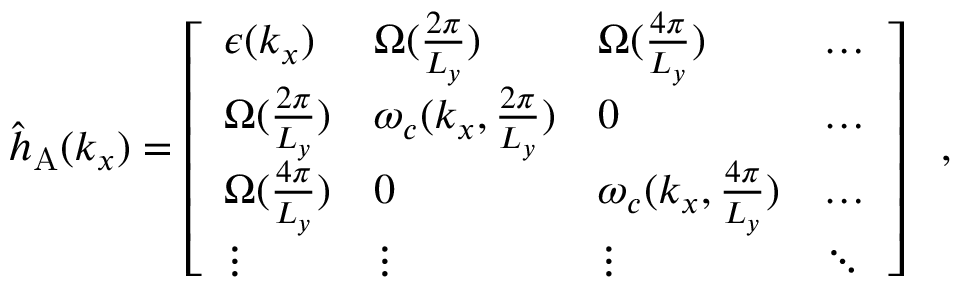
\begin{array} { r } { { \hat { h } } _ { \mathrm { A } } ( { k _ { x } } ) = \left[ \begin{array} { l l l l } { \epsilon ( k _ { x } ) } & { { \Omega } ( \frac { 2 \pi } { L _ { y } } ) } & { { \Omega } ( \frac { 4 \pi } { L _ { y } } ) } & { \hdots } \\ { { \Omega } ( \frac { 2 \pi } { L _ { y } } ) } & { \omega _ { c } ( { k _ { x } , \frac { 2 \pi } { L _ { y } } } ) } & { 0 } & { \hdots } \\ { { \Omega } ( \frac { 4 \pi } { L _ { y } } ) } & { 0 } & { \omega _ { c } ( { k _ { x } , \frac { 4 \pi } { L _ { y } } } ) } & { \hdots } \\ { \vdots } & { \vdots } & { \vdots } & { \ddots } \end{array} \right] ~ ~ , } \end{array}